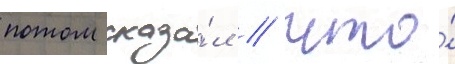
потом сказа́л / что́